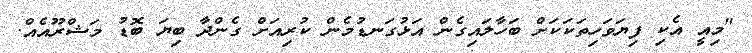
"މިއީ އެކި ފިޔަވަހިތަކަކަށް ބަހާލައިގެން އަޅުގަނޑުމެން ކުރިއަށް ގެންދާ ބިޔަ ބޮޑު މަޝްރޫއެއް.